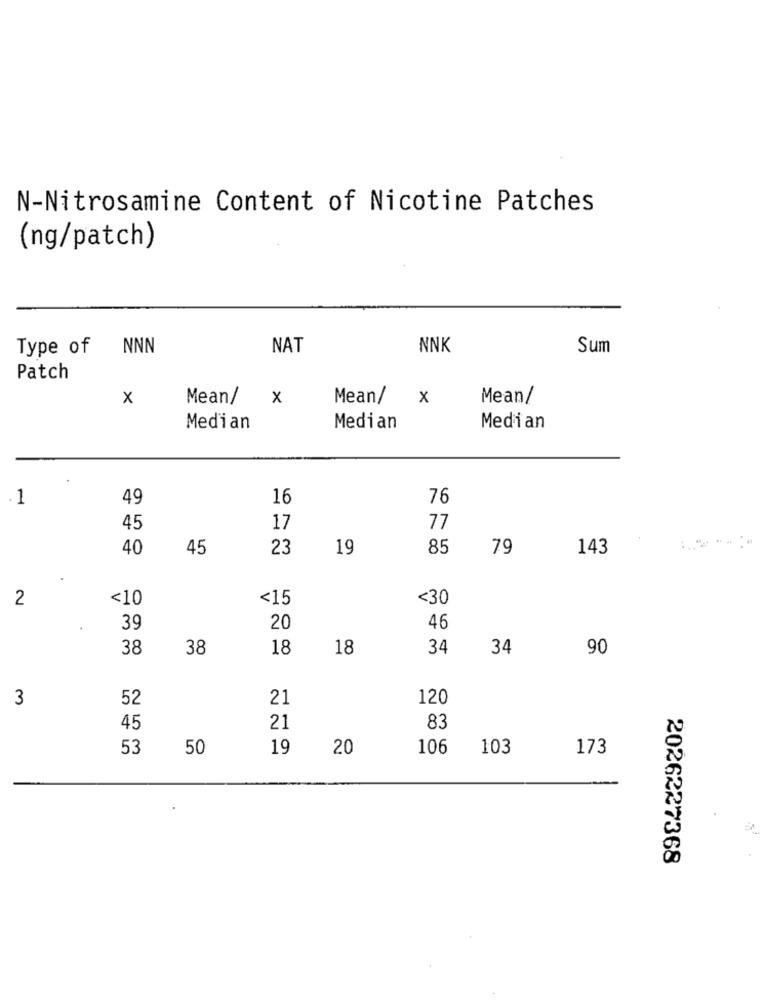
N-Nitrosamine Content of Nicotine Patches
(ng/patch)
Type of NNN
NAT
NNK
Sum
Patch
x
Mean/
x
Mean/
x
Mean/
Median
Median
Median
1
49
16
76
45
17
77
40
45
23
19
85
79
143
2
<10
<15
<30
39
20
46
38
38
18
18
34
34
90
3
52
21
120
45
21
83
53
50
19
20
106
103
173
2026227368